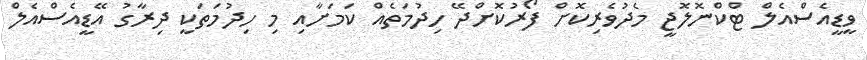
ވީޑީއެސްއެލް ޓްކްނޮލޮޖީ މެދުވެރިކޮށް ފޯރުކޮށްދޭ ހިދުމަތެއް ކަމަށާއި މި ހިދުމަތަކީ ދިރާގު އޭޑީއެސްއެލް